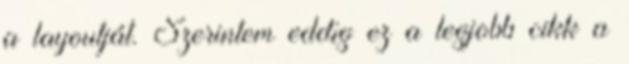
a layoutját. Szerintem eddig ez a legjobb cikk a